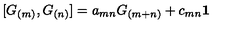
\lbrack G _ { ( m ) } , G _ { ( n ) } ] = a _ { m n } G _ { ( m + n ) } + c _ { m n } \mathbf { 1 }